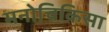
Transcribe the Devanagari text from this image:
मनोचिकिसा